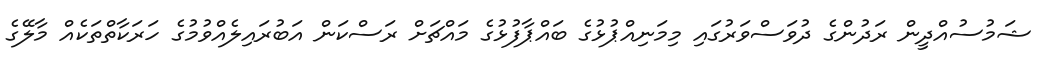
ޝަމުސުއްދީން ރަދުންގެ ދުވަސްވަރުގައި މިމަނިއްޕުޅުގެ ބައްޕާފުޅުގެ މައްޗަށް ރަސްކަން އަބުރައިލެއްވުމުގެ ހަރަކާތްތަކެއް މާލޭގެ